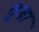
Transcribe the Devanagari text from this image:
तूबा